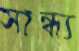
সান্ধ্য